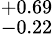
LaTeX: ^{+0.69}_{-0.22}